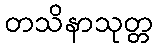
တသိနာသုတ္တ